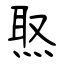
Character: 焣